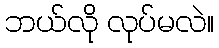
ဘယ်လို လုပ်မလဲ။